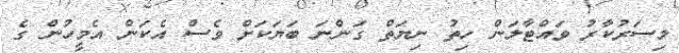
މިސަރުކާރު ވައްޓާލަން ހިތު ނިޔަތް ގަންނަ ބަޔަކަށް ވެސް އެކަން އެމީހުން ގެ